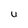
Character: U